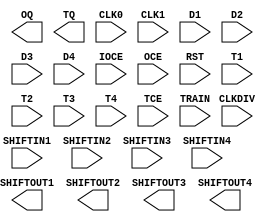
// $Header: /devl/xcs/repo/env/Databases/CAEInterfaces/xec_libs/data/unisims/OSERDES2.v,v 1.4 2009/09/03 18:46:44 vandanad Exp $
///////////////////////////////////////////////////////////////////////////////
// Copyright (c) 1995/2009 Xilinx, Inc.
// All Right Reserved.
///////////////////////////////////////////////////////////////////////////////
//   ____  ____
//  /   /\/   /
// /___/  \  /    Vendor : Xilinx
// \   \   \/     Version : 11.1i (L.11)
//  \   \         Description : Xilinx Formal Library Component
//  /   /
// /___/   /\     Filename : OSERDES2.v
// \   \  /  \    Timestamp :
//  \___\/\___\
//
// Revision:
//    04/28/09 - Initial version.
// End Revision

`timescale 1 ps / 1 ps 

module OSERDES2 (
  OQ,
  SHIFTOUT1,
  SHIFTOUT2,
  SHIFTOUT3,
  SHIFTOUT4,
  TQ,
  CLK0,
  CLK1,
  CLKDIV,
  D1,
  D2,
  D3,
  D4,
  IOCE,
  OCE,
  RST,
  SHIFTIN1,
  SHIFTIN2,
  SHIFTIN3,
  SHIFTIN4,
  T1,
  T2,
  T3,
  T4,
  TCE,
  TRAIN
);

   parameter BYPASS_GCLK_FF = "FALSE"; // TRUE, FALSE
   parameter DATA_RATE_OQ = "DDR"; // SDR, DDR      | Data Rate setting
   parameter DATA_RATE_OT = "DDR"; // SDR, DDR, BUF | Tristate Rate setting.
   parameter integer DATA_WIDTH =   2; // {1..8} 
   parameter OUTPUT_MODE = "SINGLE_ENDED";  // SINGLE_ENDED, DIFFERENTIAL
   parameter SERDES_MODE = "NONE"; // NONE, MASTER, SLAVE
   parameter integer TRAIN_PATTERN =  0; // {0..15}             

   output OQ;
   output SHIFTOUT1;
   output SHIFTOUT2;
   output SHIFTOUT3;
   output SHIFTOUT4;
   output TQ;

   input  CLK0;
   input  CLK1;
   input  CLKDIV;
   input  D1;
   input  D2;
   input  D3;
   input  D4;
   input  IOCE;
   input  OCE;
   input  RST;
   input  SHIFTIN1;
   input  SHIFTIN2;
   input  SHIFTIN3;
   input  SHIFTIN4;
   input  T1;
   input  T2;
   input  T3;
   input  T4;
   input  TCE;
   input  TRAIN;

endmodule // OSERDES2